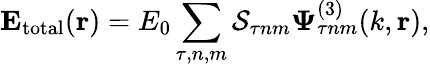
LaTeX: \mathbf{E_{\mathrm{total}}}(\mathbf{r})=E_{0}\sum_{\tau,n,m}\mathcal{S}_{\tau nm}\mathbf{\Psi}_{\tau nm}^{(3)}(k,\mathbf{r}),